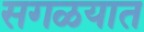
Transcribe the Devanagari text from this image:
सगळयात